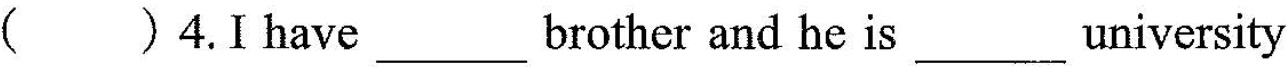
()4. I have___ brother and he is___university .